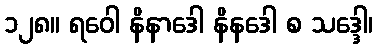
၁၂၈။ ရဝေါ နိနာဒေါ နိနဒေါ စ သဒ္ဒေါ၊